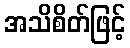
အသိစိတ်ဖြင့်